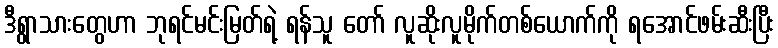
ဒီရွာသားတွေဟာ ဘုရင်မင်းမြတ်ရဲ့ ရန်သူ တော် လူဆိုးလူမိုက်တစ်ယောက်ကို ရအောင်ဖမ်းဆီးပြီး